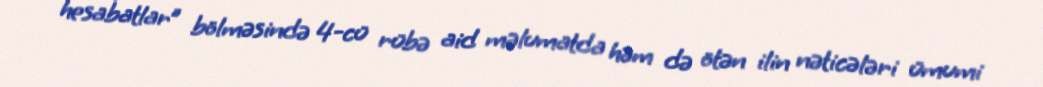
hesabatlar” bölməsində 4-cü rübə aid məlumatda həm də ötən ilin nəticələri ümumi